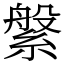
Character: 縏